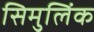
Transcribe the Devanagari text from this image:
सिमुलिंक